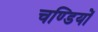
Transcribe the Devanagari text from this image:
चण्डियों